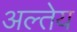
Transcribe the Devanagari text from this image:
अल्तेय